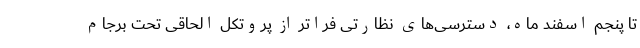
تا پنجم اسفند ماه، دسترسی‌های نظارتی فراتر از پروتکل الحاقی تحت برجام